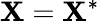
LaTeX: \mathbf{X}=\mathbf{X}^{*}